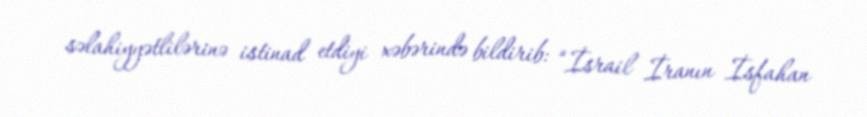
səlahiyyətlilərinə istinad etdiyi xəbərində bildirib: “İsrail İranın İsfahan